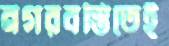
নগরবস্তিতেই